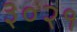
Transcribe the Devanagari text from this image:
३०२१